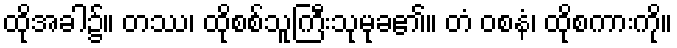
ထိုအခါ၌။ တဿ၊ ထိုစစ်သူကြီးသုမုခ၏။ တံ ဝစနံ၊ ထိုစကားကို။